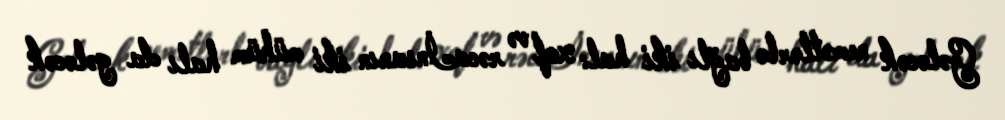
Gələcək nemətlərlə bağlı iki hal: xof və rəcaİnsanın iki mühüm halı da gələcək